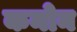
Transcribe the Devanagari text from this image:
कनोन